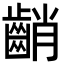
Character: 𪘞